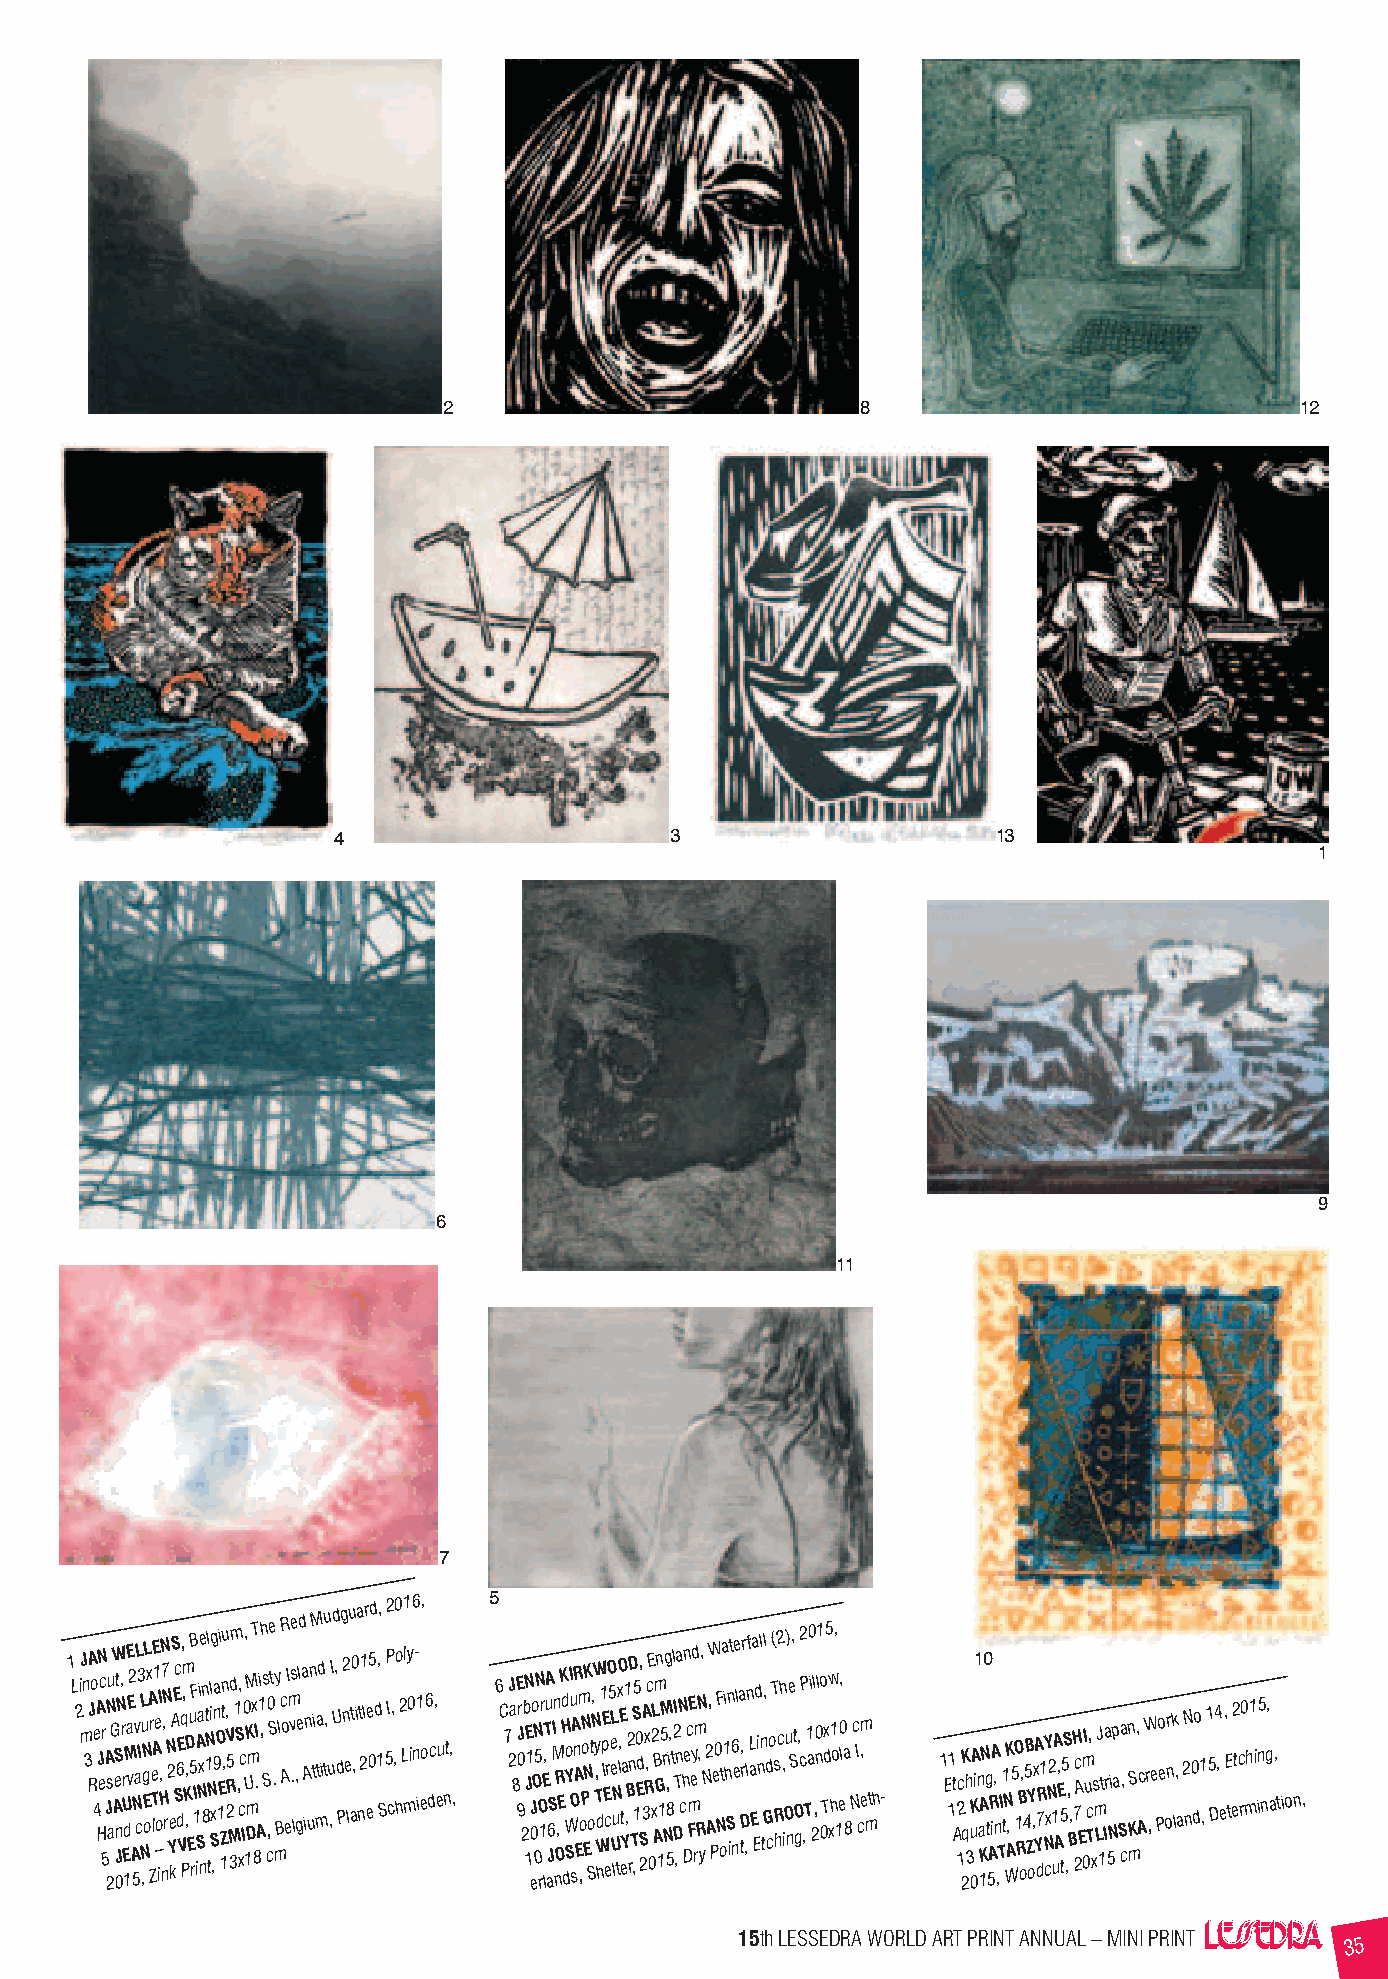
2                           8                            12
 4                     3                     13
 1
 9
 6
 11
 7
 1 L 2 iJ mn 3 A J Ro 4 eAN J Hec r 5A JN
 2
 su a GW AeS J 0nt N, r r U Ed 1M aE E v2 A 5Nv aL c3 IL N ,u N g E oL x A r Ze T lE A1 e o – iI , HN n7 N , r N 2 Ye k S AE Sc 6 dE Vq, P,m K, , D Eu 5B rF I 1 iA Sa Ni xe nn 81t N l tNilg Sx ,na 9O 1Ei Z 1n tu ,, 2V R5 Md 3m 1 S ,, xcc I, 0 U 1KM Dm mT x 8.I Ai 1 ,h s S , c0 Se t .y mB l AcR o eI m vs .e l, geld a A in unM ti ma td iu t, u ,Id U , d P g 2 n e lu at ,0 i a nt 21 lr ee 05d d 1,, S 5P2 I c, , 0 o h 2 L m1 ly 0 i6 n- i1 eo, 6 dc, eu nt, , 5 6 C 7 J 2a 8 E J 90r 2bN E J 1 1 J e0o ON 05N O r1r lE ,TuA aJ6 S MIn
 n
 OR , EK Hd do WY S I u O sA nR A Em ,oPN o ENK Sot , N W ,y T d hW 1 pE I E c erO 5 e eL UN lu tx lO ,E eta Y 1 ,B2 r D n T ,S5 1 0 Ed, S 2 A 3 x , RcE 0 2 xL B Am Gn 115M r Ng , 58i, tl 2I DT ,n a N c h Dn ec m FE eyd rm R,N y, N 2 A,W P e0F N ota 1i h Sn it 6 nee l a t, Drr , lnf L a Ea Ed i n l n t,l Gd c o( T s R h2 ch , iOu) ne S, t gO , c2 P ,T1 a0 i 2l ,n0l1 o 0Tdx5 w xh1 o, 1, e 0 l a 8 N c I c,m e mth- 1 E 11 t Ac 12 2K qh 3 uK 0A1 i n a K 1AN0 g t 5AR iA , n ,T I t1 NK W, A 5 O 1 RB o, 45B Z oY ,xA Y d7R1Y N cxN2 1 uA A, E 5 t5S ,, B, H 7 2c A E m 0I u c T, x s m LJ 1t Ia r 5Nip a S ca , n mKS, Ac W r ,e Po e onrk l, a 2N n0 do 1 , 1 5 D4 , e , E t e2 tc r0 mh1 i in5 ng, a , t ion,
 15th LESSEDRA WORLD ART PRINT ANNUAL – MINI PRINT
 35